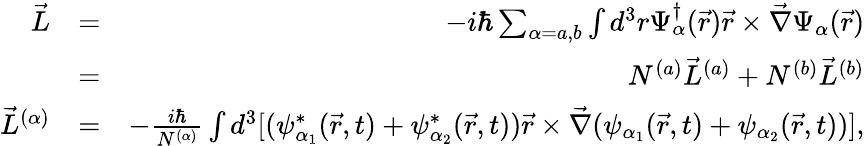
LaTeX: \begin{array}{rlr}{\vec{L}}&{=}&{-i\hbar\sum_{\alpha=a,b}\int d^{3}r\Psi_{\alpha}^{\dagger}(\vec{r})\vec{r}\times\vec{\nabla}\Psi_{\alpha}(\vec{r})}\\ &{=}&{N^{(a)}\vec{L}^{(a)}+N^{(b)}\vec{L}^{(b)}}\\ {\vec{L}^{(\alpha)}}&{=}&{-\frac{i\hbar}{N^{(\alpha)}}\int d^{3}[(\psi_{\alpha_{1}}^{*}(\vec{r},t)+\psi_{\alpha_{2}}^{*}(\vec{r},t))\vec{r}\times\vec{\nabla}(\psi_{\alpha_{1}}(\vec{r},t)+\psi_{\alpha_{2}}(\vec{r},t))],}\end{array}